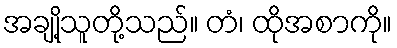
အချို့သူတို့သည်။ တံ၊ ထိုအစာကို။